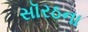
સૉરઠના